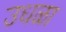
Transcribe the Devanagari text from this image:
उधळा